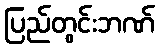
ပြည်တွင်းဘဏ်